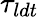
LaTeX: \tau_{ldt}